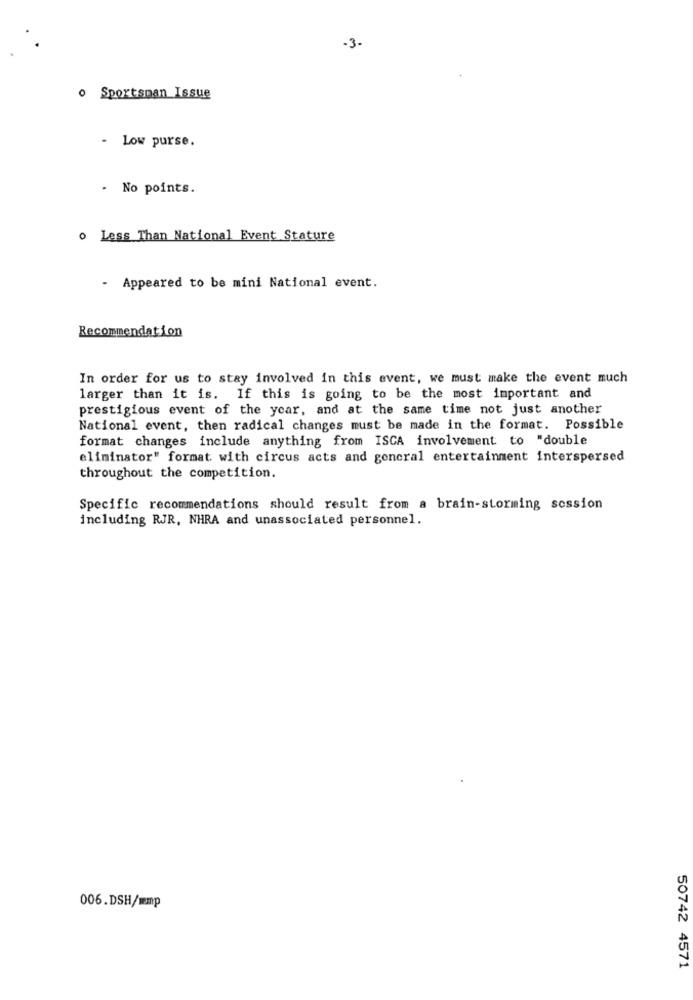
-3-
o Sportsman Issue
- Low purse.
- No points.
o Less Than National Event Stature
- Appeared to be mini National event.
Recommendation
In order for us to stay involved in this event, we must make the event much
larger than it is. If this is going to be the most important and
prestigious event of the year, and at the same time not just another
National event, then radical changes must be made in the format. Possible
format changes include anything from ISCA involvement to "double
eliminator" format with circus acts and general entertainment interspersed
throughout the competition.
Specific recommendations should result from a brain-storming session
including RJR, NHRA and unassociated personnel.
006.DSH/wmp
50742 4571